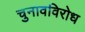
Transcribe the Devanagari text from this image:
चुनावविरोध